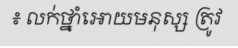
៖ លក់ថ្នាំអោយមនុស្ស ត្រូវ